Code of medical and sanitary regulations for the guidance of medical officers serving in the Madras Presidency - Volume II
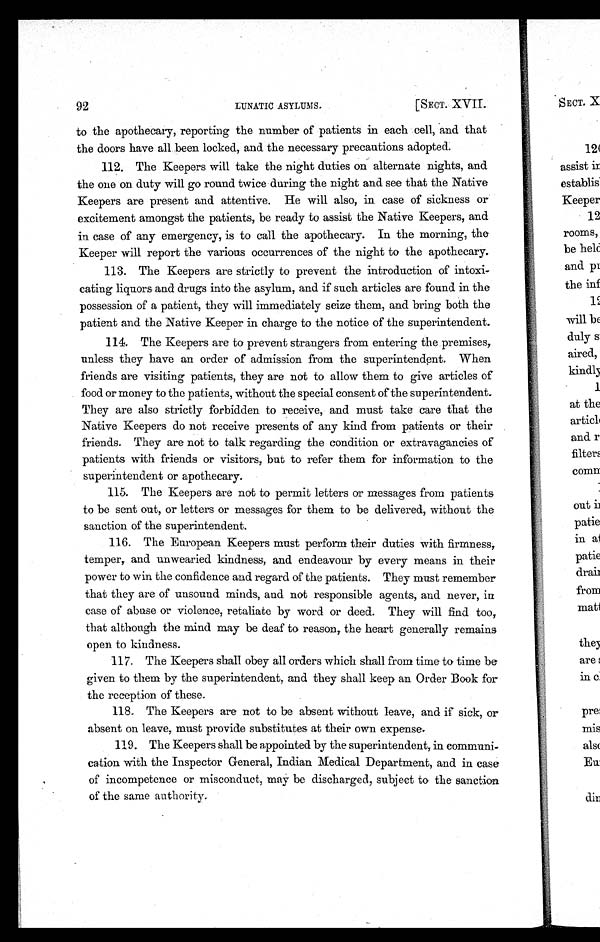
92
LUNATIC ASYLUMS.
[SECT. XVII.
to the apothecary, reporting the number of patients in each cell, and that
the doors have all been locked, and the necessary precautions adopted.
112. The Keepers will take the night duties on alternate nights, and
the one on duty will go round twice during the night and see that the Native
Keepers are present and attentive. He will also, in case of sickness or
excitement amongst the patients, be ready to assist the Native Keepers, and
in case of any emergency, is to call the apothecary. In the morning, the
Keeper will report the various occurrences of the night to the apothecary.
113. The Keepers are strictly to prevent the introduction of intoxi-
cating liquors and drugs into the asylum, and if such articles are found in the
possession of a patient, they will immediately seize them, and bring both the
patient and the Native Keeper in charge to the notice of the superintendent.
114. The Keepers are to prevent strangers from entering the premises,
unless they have an order of admission from the superintendent. When
friends are visiting patients, they are not to allow them to give articles of
food or money to the patients, without the special consent of the superintendent.
They are also strictly forbidden to receive, and must take care that the
Native Keepers do not receive presents of any kind from patients or their
friends. They are not to talk regarding the condition or extravagancies of
patients with friends or visitors, but to refer them for information to the
superintendent or apothecary.
115. The Keepers are not to permit letters or messages from patients
to be sent out, or letters or messages for them to be delivered, without the
sanction of the superintendent.
116. The European Keepers must perform their duties with firmness,
temper, and unwearied kindness, and endeavour by every means in their
power to win the confidence and regard of the patients. They must remember
that they are of unsound minds, and not responsible agents, and never, in
case of abuse or violence, retaliate by word or deed. They will find too,
that although the mind may be deaf to reason, the heart generally remains
open to kindness.
117. The Keepers shall obey all orders which shall from time to time be
given to them by the superintendent, and they shall keep an Order Book for
the reception of these.
118. The Keepers are not to be absent without leave, and if sick, or
absent on leave, must provide substitutes at their own expense.
119. The Keepers shall be appointed by the superintendent, in communi-
cation with the Inspector General, Indian Medical Department, and in case
of incompetence or misconduct, may be discharged, subject to the sanction
of the same authority.